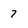
Character: 7